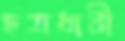
ছত্রধারী